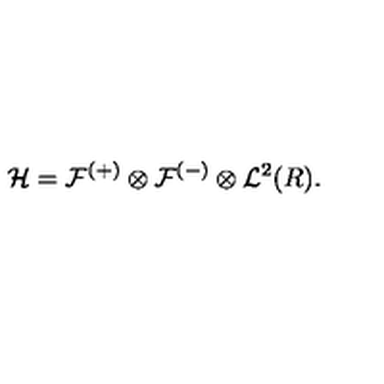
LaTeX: { \cal H } = { \cal F } ^ { ( + ) } \otimes { \cal F } ^ { ( - ) } \otimes { \cal L } ^ { 2 } ( R ) .